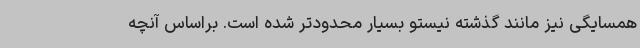
همسایگی نیز مانند گذشته نیستو بسیار محدودتر شده است. براساس آنچه